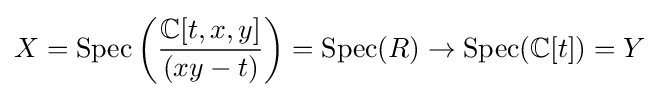
X=\operatorname {Spec} \left({\frac {\mathbb {C} [t,x,y]}{(xy-t)}}\right)=\operatorname {Spec} (R)\to \operatorname {Spec} (\mathbb {C} [t])=Y